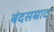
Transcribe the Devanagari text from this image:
बंदसम्राट